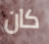
كان